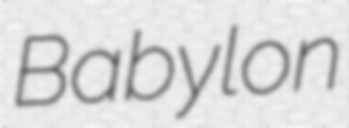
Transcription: Babylon